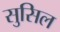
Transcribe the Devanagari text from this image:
सुसिल